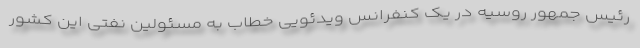
رئیس جمهور روسیه در یک کنفرانس ویدئویی خطاب به مسئولین نفتی این کشور